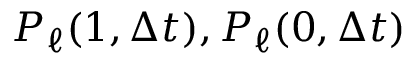
P _ { \ell } ( 1 , \Delta t ) , P _ { \ell } ( 0 , \Delta t )